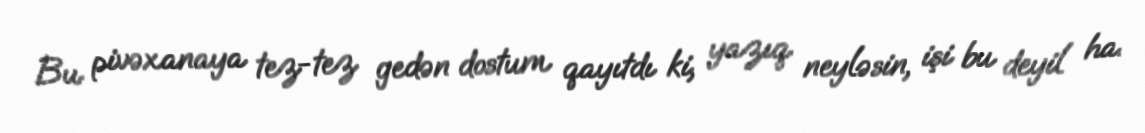
Bu pivəxanaya tez-tez gedən dostum qayıtdı ki, yazıq neyləsin, işi bu deyil ha.